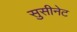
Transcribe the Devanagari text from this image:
सुसीनेट